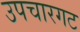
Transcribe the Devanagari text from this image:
उपचारगट